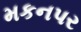
મકનપર